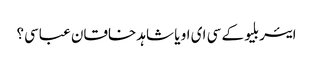
ایئر بلیو کے سی ای او یا شاہد خاقان عباسی؟